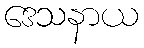
ဒေသနာယ